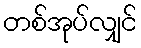
တစ်အုပ်လျှင်